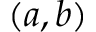
( a , b )